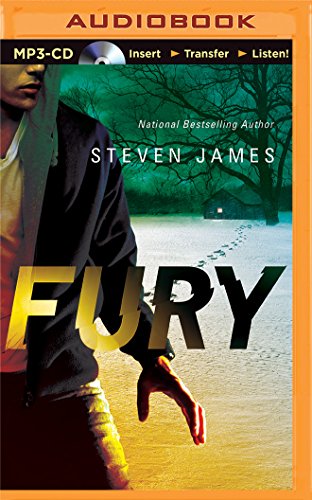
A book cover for Fury (Blur Trilogy); Steven James; Teen & Young Adult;